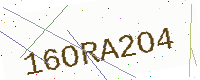
Text: 16ORA2O4